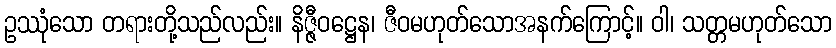
ဥဿုံသော တရားတို့သည်လည်း။ နိဇ္ဇီဝဋ္ဌေန၊ ဇီဝမဟုတ်သောအနက်ကြောင့်။ ဝါ၊ သတ္တမဟုတ်သော